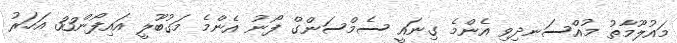
މައުލޫމާތު މުއްސަނދިވި އެންމެ ގިނައީ ސެމްސަންގް ފޯނު އެންމެ މަގުބޫލީ އައިފޯން33 އަހަރު